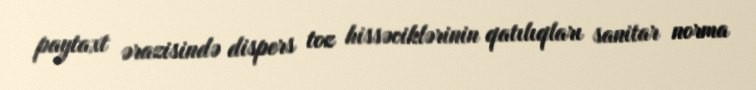
paytaxt ərazisində dispers toz hissəciklərinin qatılıqları sanitar norma